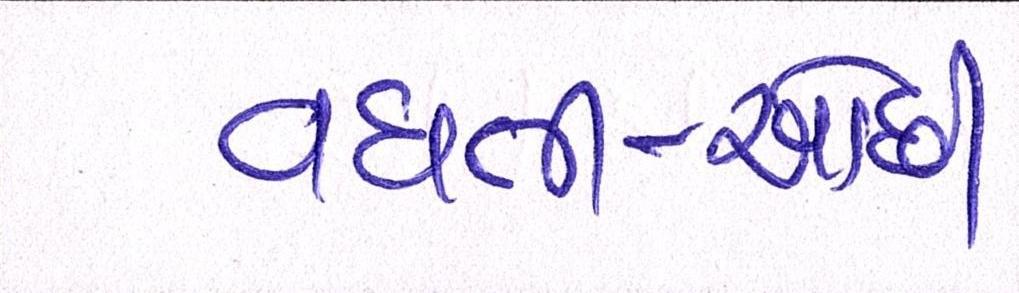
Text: વધતી-ઓછી